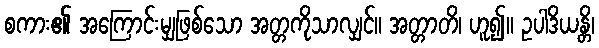
စကား၏ အကြောင်းမျှဖြစ်သော အတ္တကိုသာလျှင်။ အတ္တာတိ၊ ဟူ၍။ ဥပါဒိယန္တိ၊